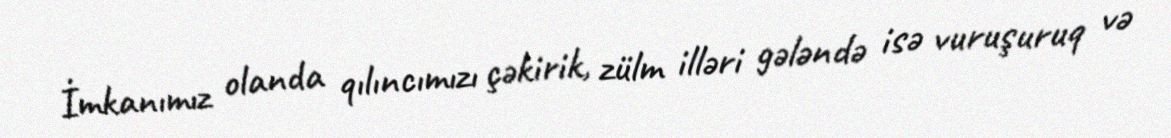
İmkanımız olanda qılıncımızı çəkirik, zülm illəri gələndə isə vuruşuruq və